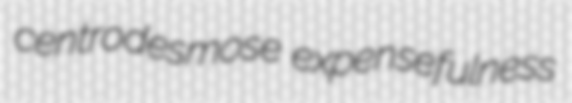
centrodesmose expensefulness